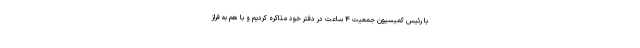
با رئیس کمیسیون جمعیت ۴ ساعت در دفتر خود مذاکره کردیم و با هم به فراز